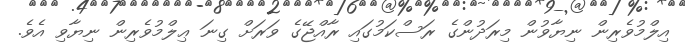
އިލްމުވެރިން ނިޔާވުން މިރަދުންގެ ރަސްކަމުގައި ރާއްޖޭގެ ވަރަށް ގިނަ ޢިލްމުވެރިން ނިޔާވި އެވެ.